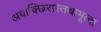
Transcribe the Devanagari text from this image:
अवाक्छिरास्तथाभूत्वा